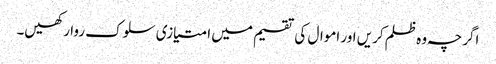
اگرچہ وہ ظلم کریں اور اموال کی تقسیم میں امتیازی سلوک روا رکھیں۔